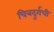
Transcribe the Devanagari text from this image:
चित्रदुर्गची